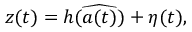
\boldsymbol { z } ( t ) = \boldsymbol { h } ( \widehat { \boldsymbol { a } ( t ) } ) + \eta ( t ) ,